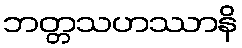
ဘတ္တသဟဿာနိ